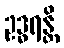
ဥဒ္ဓရန္တိ